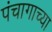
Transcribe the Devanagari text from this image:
पंचागाच्या